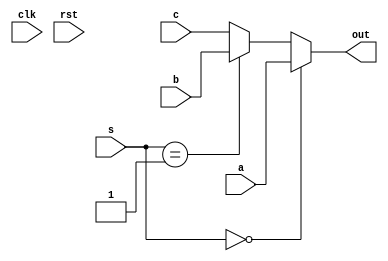
module MUX(input clk, rst, input [31:0]a, b, c, input [1:0]s, output reg [31:0]out);
  
  always @ (a, b, c, s) begin
    out = 32'b00000000000000000000000000000000;
    if (s == 2'b00) out = a;
    else if (s == 2'b01) out = b;
    else out = c;
  end

endmodule